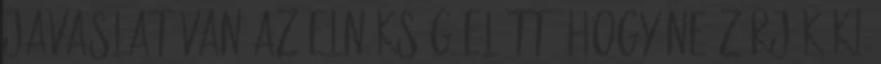
javaslat van az elnökség előtt, hogy ne zárják ki